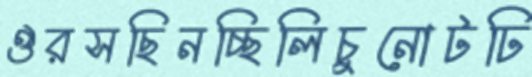
ঔরসছিনচ্ছিলিচুনোটঢি